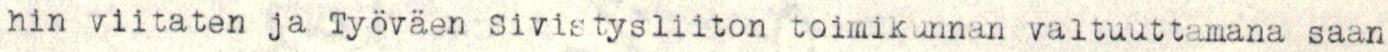
hin viitaten ja Työväen sivistysliiton toimikunnan valtuuttamana saan